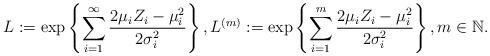
LaTeX: \begin{align*}L:=\exp\left\{ \sum_{i=1}^{\infty}\frac{2\mu_{i}Z_{i}-\mu_{i}^{2}}{2\sigma_{i}^{2}} \right\},L^{(m)}:= \exp\left\{ \sum_{i=1}^{m}\frac{2\mu_{i}Z_{i}-\mu_{i}^{2}}{2\sigma_{i}^{2}} \right\}, m\in \mathbb{N}.\end{align*}